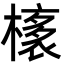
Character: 橠